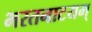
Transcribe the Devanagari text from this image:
भरतनाटयम्